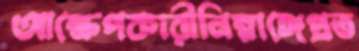
আক্ষেপকারীনিম্নাঙ্গেপ্রত